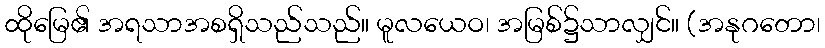
ထိုမြေ၏ အရသာအစရှိသည်သည်။ မူလယေဝ၊ အမြစ်၌သာလျှင်။ (အနုဂတော၊